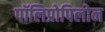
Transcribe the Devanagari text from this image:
पॉलिप्रोपिलोन